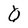
Character: Q